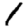
Digit: 1